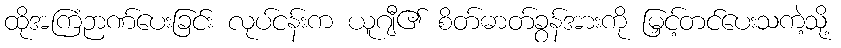
ထိုအကြံဉာဏ်ပေးခြင်း လုပ်ငန်းက ယူဂျီ၏ စိတ်ဓာတ်ခွန်အားကို မြှင့်တင်ပေးသကဲ့သို့